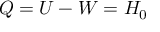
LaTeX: Q = U - W = H _ { 0 }